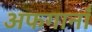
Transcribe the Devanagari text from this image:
अफगानाँं